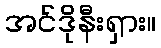
အင်ဒိုနီးရှား။